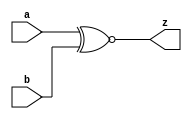


module XNOR8(a,b,z);
input[7:0] a,b;
output[7:0] z;

assign z = a^~b;

endmodule